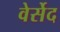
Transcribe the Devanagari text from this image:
वेर्सेद